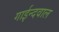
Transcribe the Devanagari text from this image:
गाईन्दवाल